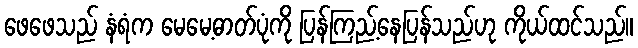
ဖေဖေသည် နံရံက မေမေ့ဓာတ်ပုံကို ပြန်ကြည့်နေပြန်သည်ဟု ကိုယ်ထင်သည်။